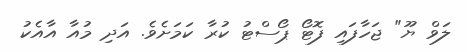
ލަވް ޔޫ" ޖަހާފައި ފޮޓޯ ޕޯސްޓު ކުރާ ކަމަށެވެ. އަދި މުއާ އާއެކު